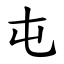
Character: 屯